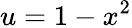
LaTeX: u=1-x^{2}